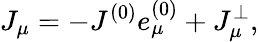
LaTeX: J_{\mu}=-J^{(0)}e_{\mu}^{(0)}+J_{\mu}^{\bot},